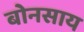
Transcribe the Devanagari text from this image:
बोनसाय